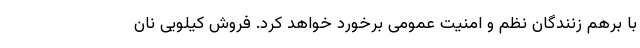
با برهم زنندگان نظم و امنیت عمومی برخورد خواهد کرد. فروش کیلویی نان